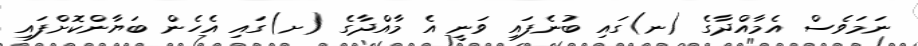
ނަމަވެސް އެމާއްދާގެ (ނ)ގައި ބުނެފައި ވަނީ އެ މާއްދާގެ (ށ)ގައި އެހެން ބަޔާންކޮށްފައި